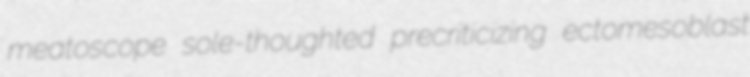
meatoscope sole-thoughted precriticizing ectomesoblast